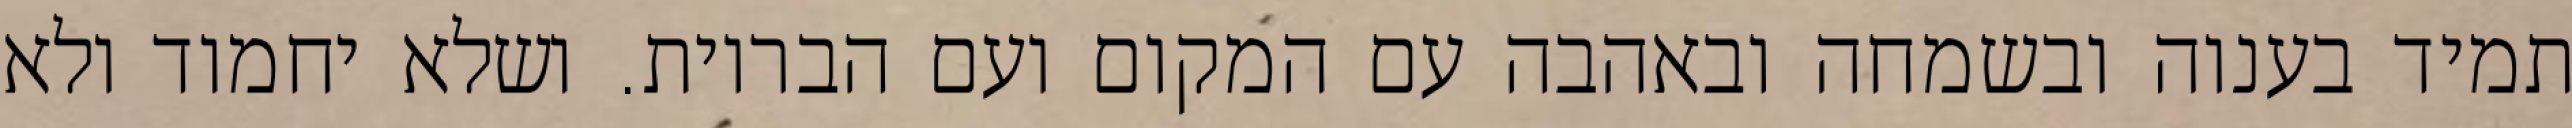
תמיד בענוה ובשמחה ובאהבה עם המקום ועם הבריות. ושלא יחמוד ולא